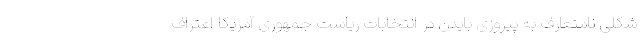
شکلی نامتعارف به پیروزی بایدن در انتخابات ریاست جمهوری آمریکا اعتراف